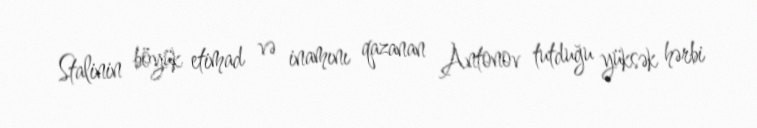
Stalinin böyük etimad və inamını qazanan Antonov tutduğu yüksək hərbi